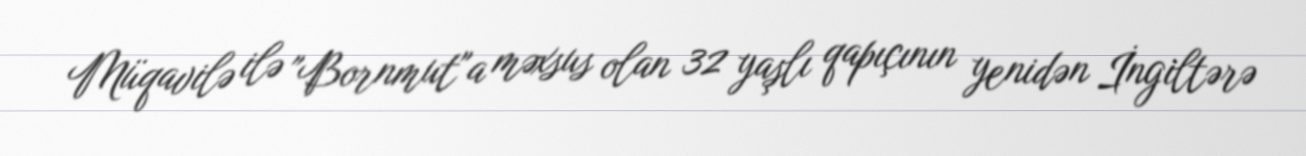
Müqavilə ilə "Bornmut"a məxsus olan 32 yaşlı qapıçının yenidən İngiltərə